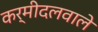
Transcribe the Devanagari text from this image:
कर्मीदलवाले